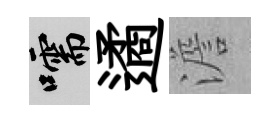
嚅遹澹